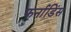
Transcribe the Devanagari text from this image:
फर्नाडिंस